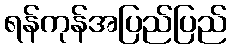
ရန်ကုန်အပြည်ပြည်